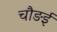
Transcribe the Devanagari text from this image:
चौङई